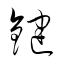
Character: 鍵